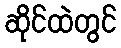
ဆိုင်ထဲတွင်